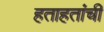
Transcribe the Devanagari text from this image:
हताहतांची